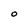
Character: O